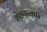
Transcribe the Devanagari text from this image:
शेहवाजपुर